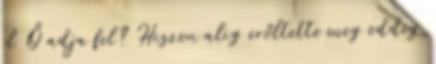
el Ő adja fel? Hiszen alig erőltette meg eddig